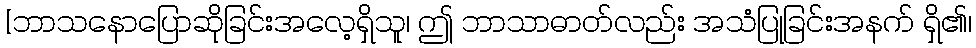
[ဘာသနောပြောဆိုခြင်းအလေ့ရှိသူ၊ ဤ ဘာသာဓာတ်လည်း အသံပြုခြင်းအနက် ရှိ၏၊